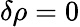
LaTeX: \delta\rho=0